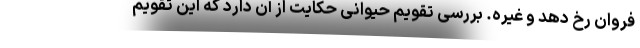
فروان رخ دهد و غیره. بررسی تقویم حیوانی حکایت از آن دارد که این تقویم